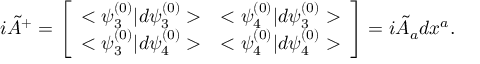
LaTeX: i { \tilde { A } } ^ { + } = \left[ \begin{array} { l l } { { < \psi _ { 3 } ^ { ( 0 ) } | d \psi _ { 3 } ^ { ( 0 ) } > } } & { { < \psi _ { 4 } ^ { ( 0 ) } | d \psi _ { 3 } ^ { ( 0 ) } > } } \\ { { < \psi _ { 3 } ^ { ( 0 ) } | d \psi _ { 4 } ^ { ( 0 ) } > } } & { { < \psi _ { 4 } ^ { ( 0 ) } | d \psi _ { 4 } ^ { ( 0 ) } > } } \end{array} \right] = i { \tilde { A } } _ { a } d x ^ { a } .